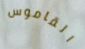
القاموس